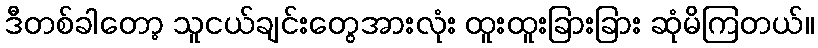
ဒီတစ်ခါတော့ သူငယ်ချင်းတွေအားလုံး ထူးထူးခြားခြား ဆုံမိကြတယ်။